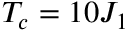
{ { T } _ { c } } = 1 0 { { J } _ { 1 } }